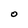
Character: O